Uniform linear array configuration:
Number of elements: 24
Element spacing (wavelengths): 0.25
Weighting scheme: blackman
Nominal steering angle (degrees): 15
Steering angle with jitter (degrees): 16.892
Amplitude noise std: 0.05
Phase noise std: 0.05

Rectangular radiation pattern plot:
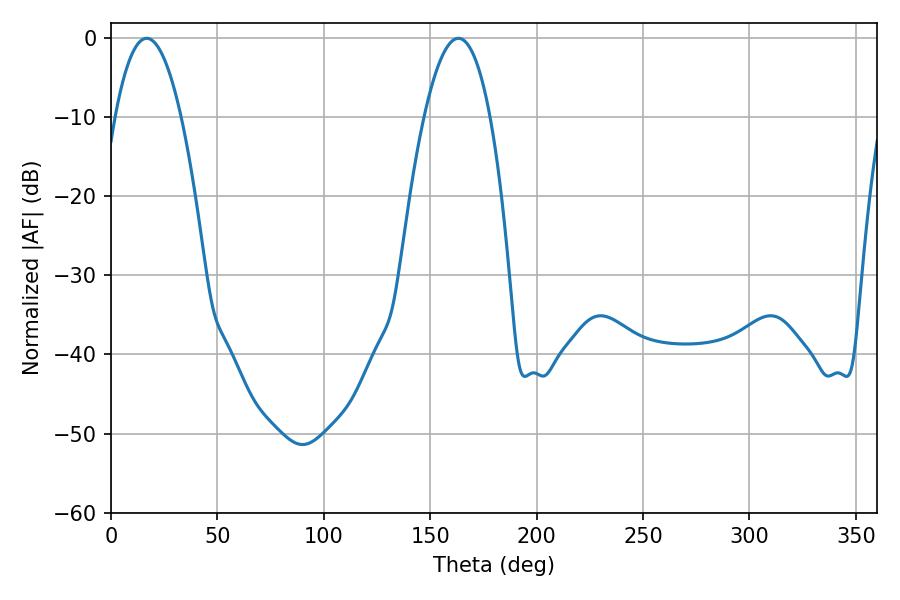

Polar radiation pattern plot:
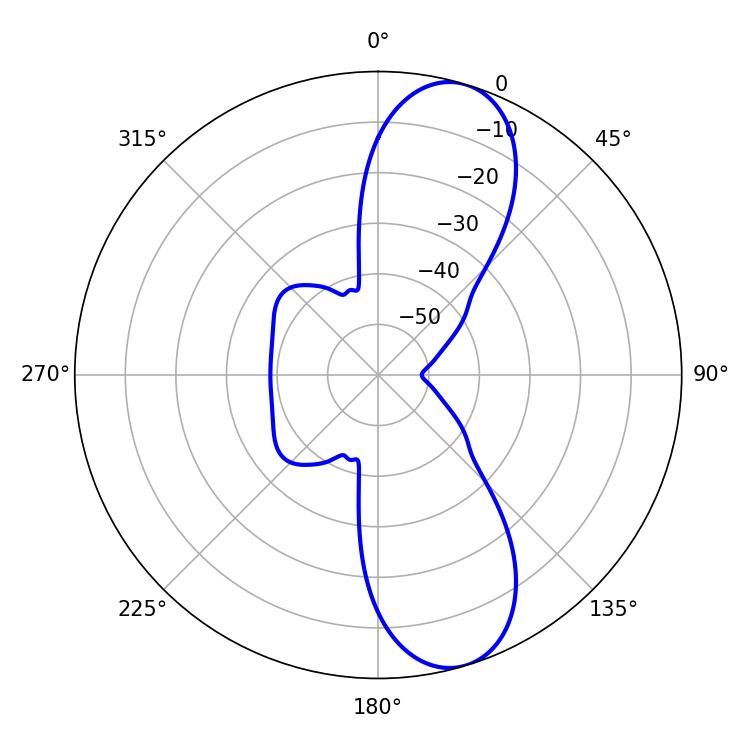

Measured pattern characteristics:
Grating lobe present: FALSE
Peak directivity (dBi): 10.296
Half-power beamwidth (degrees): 17.1
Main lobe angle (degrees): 16.74